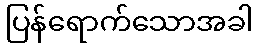
ပြန်ရောက်သောအခါ